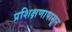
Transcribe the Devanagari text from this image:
प्रशिक्षणापासून